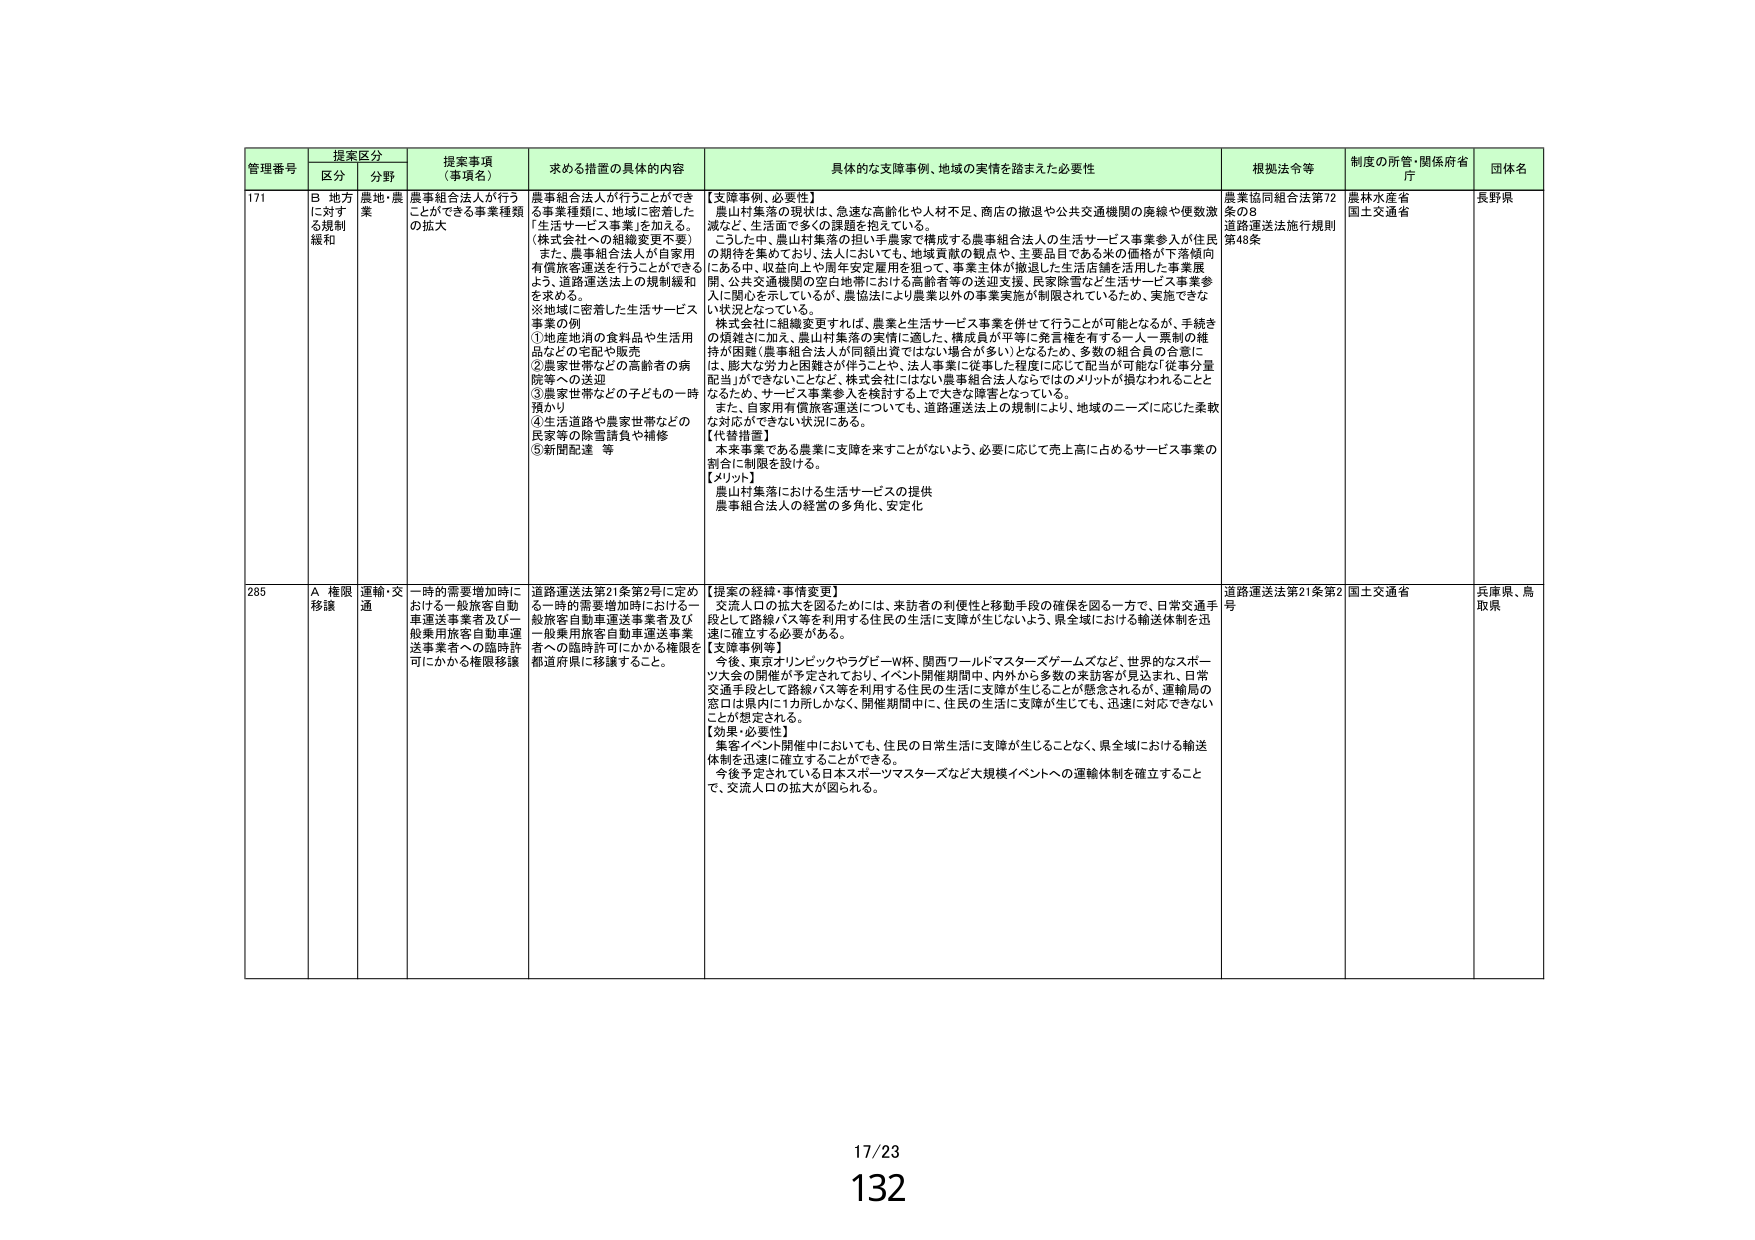
管理番号 提案区分 提案事項 （事項名） 求める措置の具体的内容 具体的な支援事例、地域の実情を踏まえた必要性 根拠法令等 制度の所管・関係府省 庁 団体名
区分 分野
171 B 地方 に対する規制緩和 農地・農業 農事組合法人が行うことができる事業種類の拡大 農事組合法人が行うことができる事業種類に、地域に密着した「生活サービス事業」を加える。 （株式会社への組織変更不要） また、農事組合法人が自家用有償旅客運送を行うことができるよう、道路運送法上の規制緩和を求める。 ※地域に密着した生活サービス事業の例 ①地産地消の食料品や生活用品などの宅配や販売 ②農家世帯などの高齢者の病院等への送迎 ③農家世帯などの子どもの一時預かり ④生活道路や農家世帯などの民家等の除雪請負や補修 ⑤新聞配達 等 【支援事例、必要性】 農山村集落の現状は、急速な高齢化や人材不足、商店の撤退や公共交通機関の廃線や便数激減など、生活面で多くの課題を抱えている。 こうした中、農山村集落の担い手農家で構成する農事組合法人の生活サービス事業参入が住民の期待を集めており、法人においても、地域貢献の観点や、主要品目である米の価格が下落傾向にある中、収益向上や周年安定雇用を狙って、事業主体が撤退した生活店舗を活用した事業展開、公共交通機関の空白地帯における高齢者等の送迎支援、民家除雪など生活サービス事業参入に関心を示しているが、農協法により農業以外の事業実施が制限されているため、実施できない状況となっている。 株式会社に組織変更すれば、農業と生活サービス事業を併せて行うことが可能となるが、手続きの煩雑さに加え、農山村集落の実情に適した、構成員が平等に発言権を有する一人一票制の維持が困難（農事組合法人が同額出資ではない場合が多い）となるため、多数の組合員の合意には、膨大な労力と困難さが伴うこと、法人事業に従事した程度に応じて配当が可能など「従事分量配当」ができないことなど、株式会社にはない農事組合法人ならではのメリットが損なわれることとなるため、サービス事業参入を検討する上でも大きな障害となっている。 また、自家用有償旅客運送についても、道路運送法上の規制により、地域のニーズに応じた柔軟な対応ができない状況にある。 【代替措置】 本来事業である農業に支障を来すことがないよう、必要に応じて売上高に占めるサービス事業の割合に制限を設ける。 【メリット】 農山村集落における生活サービスの提供 農事組合法人の経営の多角化、安定化 農業協同組合法第72条の8 道路運送法施行規則第46条 農林水産省 国土交通省 長野県
285 A 権限移譲 運輸・交通 一時的需要増加時における一般旅客自動車運送事業者及び一般乗用旅客自動車運送事業者への臨時許可にかかる権限移譲 道路運送法第21条第2号に定める一時的需要増加時における一般旅客自動車運送事業者及び一般乗用旅客自動車運送事業者への臨時許可にかかる権限を都道府県に移譲すること。 【提案の経緯・事情変更】 交流人口の拡大を図るためには、来訪者の利便性と移動手段の確保を図る一方で、日常交通手段として路線バス等を利用する住民の生活に支障が生じないよう、県全域における輸送体制を迅速に確立する必要がある。 【支援事例等】 今後、東京オリンピックやラグビーワールドカップ、関西ワールドマスターズゲームズなど、世界的なスポーツ大会の開催が予定されており、イベント開催期間中、内外から多数の来訪客が見込まれ、日常交通手段として路線バス等を利用する住民の生活に支障が生じることが懸念されるが、運輸局の窓口は県内に1カ所しかなく、開催期間中に、住民の生活に支障が生じても、迅速に対応できないことが想定される。 【効果・必要性】 重要イベント開催中においても、住民の日常生活に支障が生じることなく、県全域における輸送体制を迅速に確立することができる。 今後予定されている日本スポーツマスターズなど大規模イベントへの運輸体制を確立することで、交流人口の拡大が図られる。 道路運送法第21条第2号 国土交通省 兵庫県、鳥取県
17/23
132